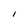
Character: I